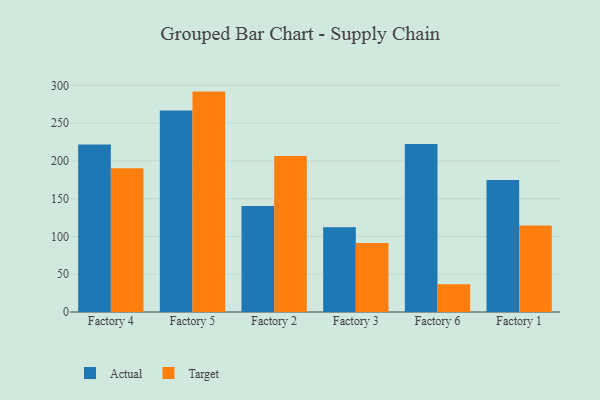
{"axis": {"x": "Factory", "y": "Conversion Rate (%)"}, "legend": ["Actual", "Target"], "data": [{"x": "Factory 4", "y": 221.8, "type": "Actual"}, {"x": "Factory 4", "y": 190.2, "type": "Target"}, {"x": "Factory 5", "y": 266.9, "type": "Actual"}, {"x": "Factory 5", "y": 291.8, "type": "Target"}, {"x": "Factory 2", "y": 140.5, "type": "Actual"}, {"x": "Factory 2", "y": 206.6, "type": "Target"}, {"x": "Factory 3", "y": 112.2, "type": "Actual"}, {"x": "Factory 3", "y": 91.4, "type": "Target"}, {"x": "Factory 6", "y": 222.4, "type": "Actual"}, {"x": "Factory 6", "y": 36.9, "type": "Target"}, {"x": "Factory 1", "y": 174.7, "type": "Actual"}, {"x": "Factory 1", "y": 114.6, "type": "Target"}]}